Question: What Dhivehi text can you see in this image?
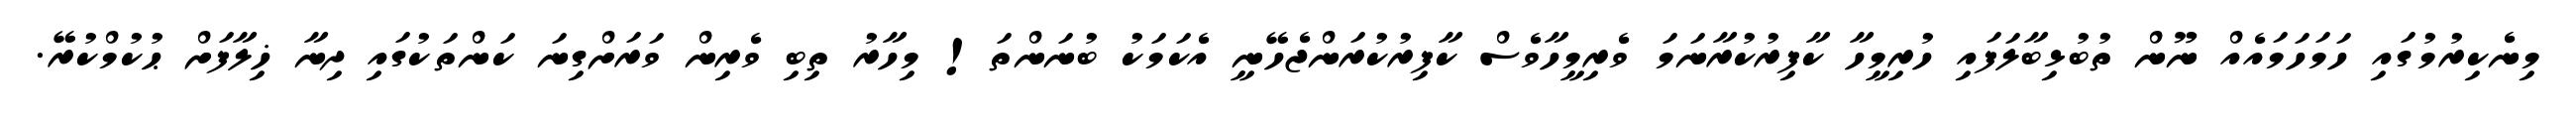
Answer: މިނެކިރުމުގައި ހަމަހަމައެއް ނޫން ތުބުޅިބާލަފައި ހުރިމީހާ ކާފިރުކުރާނަމަ ވެރިމީހާވެސް ކާފިރުކުރަންޖެހޭނީ އެކަމަކު ބުނަންތަ! މިހާރު ތިބި ވެރިން ވަރަށްގިނަ ކަންތަކުގައި ދިނާ ޚިލާފަށް ޙުކުމްކުރޭ.